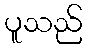
ပူသည်